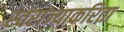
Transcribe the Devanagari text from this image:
स्वराज्याकरिता